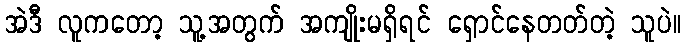
အဲဒီ လူကတော့ သူ့အတွက် အကျိုးမရှိရင် ရှောင်နေတတ်တဲ့ သူပဲ။